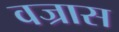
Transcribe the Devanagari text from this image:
वज्रास